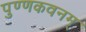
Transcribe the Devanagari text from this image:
पुण्णकवनम्